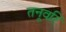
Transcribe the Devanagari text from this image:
तनूवरि